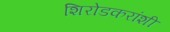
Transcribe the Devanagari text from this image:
शिरोडकरांशी